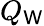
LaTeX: Q_{\mathsf{W}}